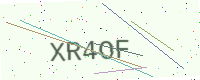
Text: XR4OF